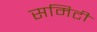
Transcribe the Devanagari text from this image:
समिटी